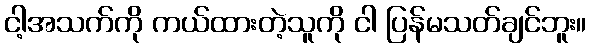
ငါ့အသက်ကို ကယ်ထားတဲ့သူကို ငါ ပြန်မသတ်ချင်ဘူး။